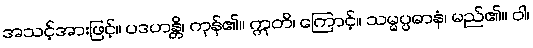
အသင့်အားဖြင့်။ ပဒဟန္တိ၊ ကုန်၏။ ဣတိ၊ ကြောင့်။ သမ္မပ္ပဓာနံ၊ မည်၏။ ဝါ၊